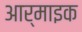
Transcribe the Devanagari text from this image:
आर्माइक